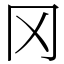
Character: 冈